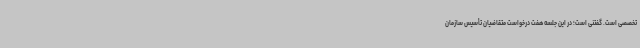
تخصصی است. گفتنی است؛ در این جلسه هفت درخواست متقاضیان تأسیس سازمان